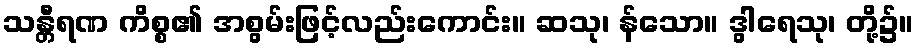
သန္တီရဏ ကိစ္စ၏ အစွမ်းဖြင့်လည်းကောင်း။ ဆသု၊ န်သော။ ဒွါရေသု၊ တို့၌။